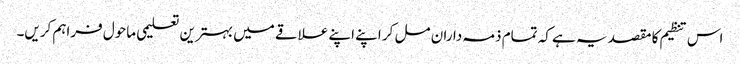
اس تنظیم کا مقصد یہ ہے کہ تمام ذمہ داران مل کر اپنے اپنے علاقے میں بہترین تعلیمی ماحول فراہم کریں۔